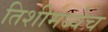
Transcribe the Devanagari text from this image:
तिशीमध्येच